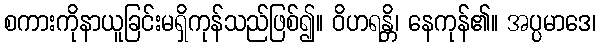
စကားကိုနာယူခြင်းမရှိကုန်သည်ဖြစ်၍။ ဝိဟရန္တိ၊ နေကုန်၏။ အပ္ပမာဒေ၊